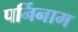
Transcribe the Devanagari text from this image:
पर्निनाम